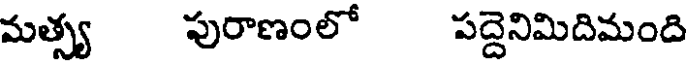
మత్స్య పురాణంలో పద్దెనిమిదిమంది